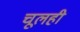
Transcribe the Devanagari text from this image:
चूलही